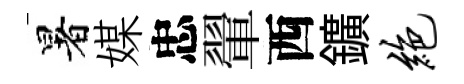
暑媒忠翬西鑛绝